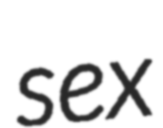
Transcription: sex